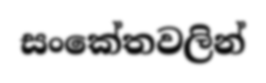
සංකේතවලින්